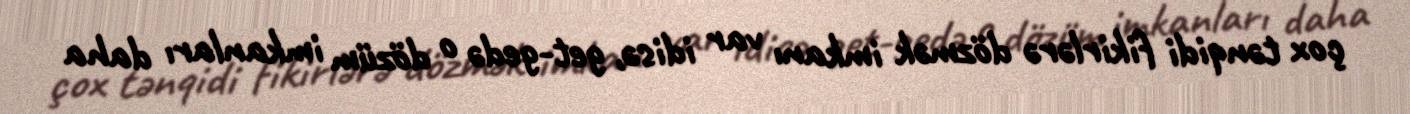
çox tənqidi fikirlərə dözmək imkanı var idisə, get-gedə o dözüm imkanları daha